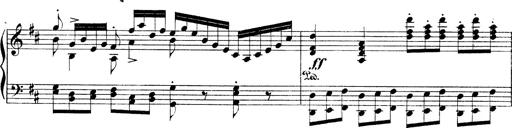
Title: Illustrations de l'opÃ©ra L'Africaine
Composer: Franz Liszt